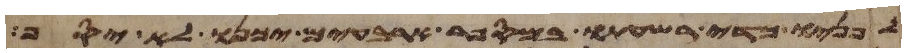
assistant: לפניו כדי רשעתו במספר ארבעים יכנו לא יסף